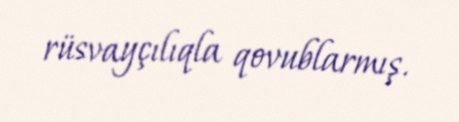
rüsvayçılıqla qovublarmış.